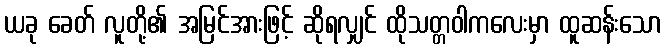
ယခု ခေတ် လူတို့၏ အမြင်အားဖြင့် ဆိုရလျှင် ထိုသတ္တဝါကလေးမှာ ထူဆန်းသော